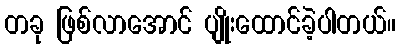
တခု ဖြစ်လာအောင် ပျိုးထောင်ခဲ့ပါတယ်။